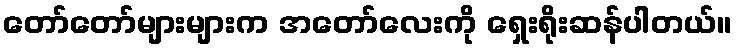
တော်တော်များများက အတော်လေးကို ရှေးရိုးဆန်ပါတယ်။